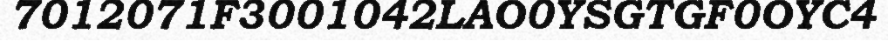
7012071F3001042LAO0YSGTGF0OYC4